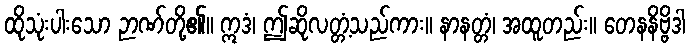
ထိုသုံးပါးသော ဉာဏ်တို့၏။ ဣဒံ၊ ဤဆိုလတ္တံ့သည်ကား။ နာနတ္တံ၊ အထူတည်း။ တေနနိဗ္ဗိဒါ